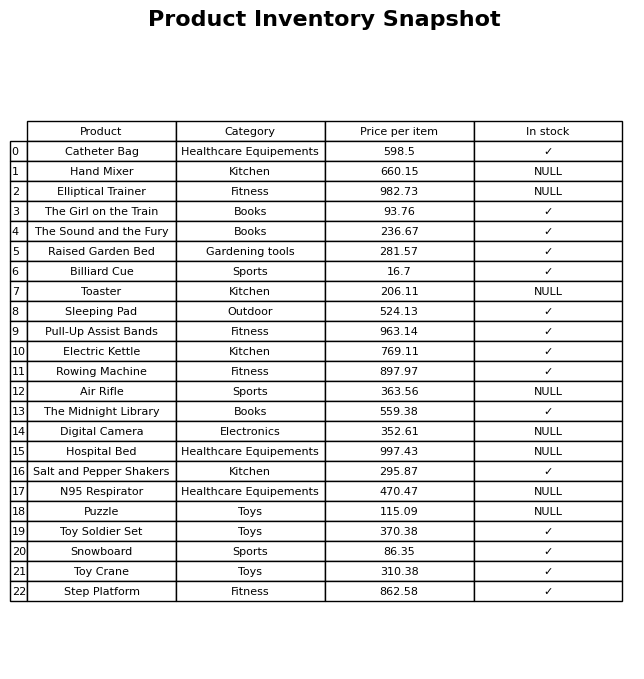
question: What is the price for Digital Camera?
answer: The price of Digital Camera is 352.61.